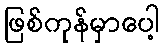
ဖြစ်ကုန်မှာပေါ့